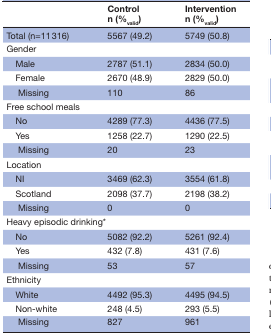
<table><thead><tr><td></td><td><b>Control n (%<sub>valid</sub>)</b></td><td><b>Intervention n (%<sub>valid</sub>)</b></td></tr></thead><tbody><tr><td>Total (n=11 316)</td><td>5567 (49.2)</td><td>5749 (50.8)</td></tr><tr><td colspan="3">Gender</td></tr><tr><td> Male</td><td>2787 (51.1)</td><td>2834 (50.0)</td></tr><tr><td> Female</td><td>2670 (48.9)</td><td>2829 (50.0)</td></tr><tr><td>Missing</td><td>110</td><td>86</td></tr><tr><td colspan="3">Free school meals</td></tr><tr><td> No</td><td>4289 (77.3)</td><td>4436 (77.5)</td></tr><tr><td> Yes</td><td>1258 (22.7)</td><td>1290 (22.5)</td></tr><tr><td>Missing</td><td>20</td><td>23</td></tr><tr><td colspan="3">Location</td></tr><tr><td> NI</td><td>3469 (62.3)</td><td>3554 (61.8)</td></tr><tr><td> Scotland</td><td>2098 (37.7)</td><td>2198 (38.2)</td></tr><tr><td>Missing</td><td>0</td><td>0</td></tr><tr><td colspan="3">Heavy episodic drinking*</td></tr><tr><td> No</td><td>5082 (92.2)</td><td>5261 (92.4)</td></tr><tr><td> Yes</td><td>432 (7.8)</td><td>431 (7.6)</td></tr><tr><td>Missing</td><td>53</td><td>57</td></tr><tr><td colspan="3">Ethnicity</td></tr><tr><td> White</td><td>4492 (95.3)</td><td>4495 (94.5)</td></tr><tr><td> Non-white</td><td>248 (4.5)</td><td>293 (5.5)</td></tr><tr><td>Missing</td><td>827</td><td>961</td></tr></tbody></table>